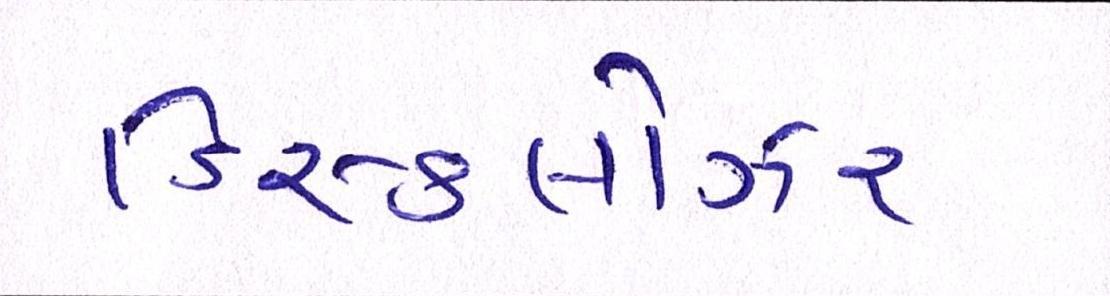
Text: ડિસ્કલોઝર